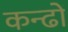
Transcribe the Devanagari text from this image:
कन्ढों